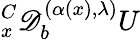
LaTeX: {}_{x}^{C}\mathscr{D}_{b}^{(\alpha(x),\lambda)}U